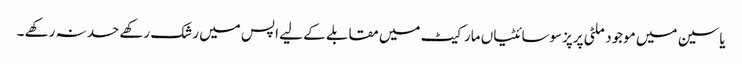
یاسین میں موجود ملٹی پرپزسوسائٹیاں مارکیٹ میں مقابلے کے لیے اپس میں رشک رکھے حسد نہ رکھے ۔